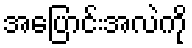
အပြောင်းအလဲကို